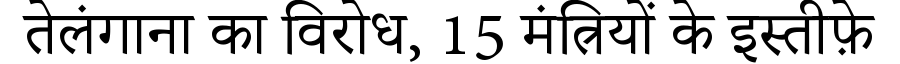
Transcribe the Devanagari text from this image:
तेलंगाना का विरोध, 15 मंत्रियों के इस्तीफ़े